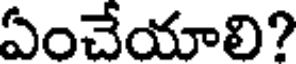
ఏంచేయాలి?